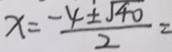
x = \frac { - 4 \pm \sqrt { 4 0 } } { 2 } =